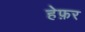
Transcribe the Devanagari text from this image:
हेफ़र